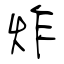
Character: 炸